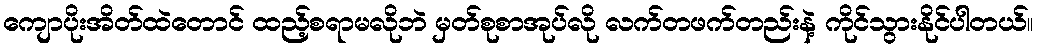
ကျောပိုးအိတ်ထဲတောင် ထည့်စရာမလိုဘဲ မှတ်စုစာအုပ်လို လက်တဖက်တည်းနဲ့ ကိုင်သွားနိုင်ပါတယ်။